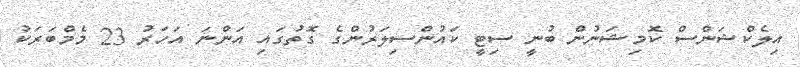
އިލެކްޝަންސް ކޮމިޝަނުން ބުނީ ސިޓީ ކައުންސިލަރުންގެ ގޮތުގައި އަންނަ އަހަރު 23 މެމްބަރަކު